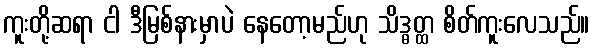
ကူးတို့ဆရာ ငါ ဒီမြစ်နားမှာပဲ နေတော့မည်ဟု သိဒ္ဓတ္ထ စိတ်ကူးလေသည်။